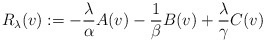
\begin{align*} R_\lambda(v) := -\frac \lambda\alpha A(v) - \frac 1\beta B(v) + \frac \lambda\gamma C(v)\end{align*}